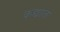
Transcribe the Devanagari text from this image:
कद्यात